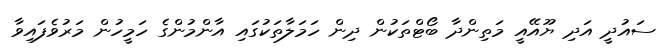
ސައުދީ އަދި ޔޫއޭއީ މަތިންދާ ބޯޓްތަކުން ދިން ހަމަލާތަކުގައި އާންމުންގެ ހަމީހުން މަރުވެފައިވާ